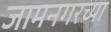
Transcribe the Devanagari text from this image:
जामनगरच्या